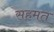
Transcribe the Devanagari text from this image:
सहमत